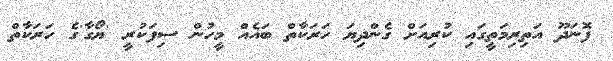
ފޮނަދޫ އަތިރިމަތީގައި ކުރިއަށް ގެންދިޔަ ހަރަކާތް ބައެއް މީހުން ސިފަކުރީ 'ޔޯގާ'ގެ ހަރަކާތް